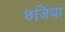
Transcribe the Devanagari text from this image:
छजिया